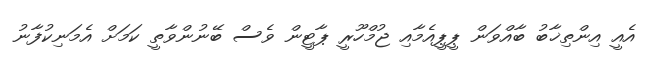
އެއީ އިންތިޚާބު ބާއްވަން ޕީޕީއެމާއި ޖުމްހޫރީ ޕާޓީން ވެސް ބޭނުންވާތީ ކަމަށް އެމަނިކުފާނު